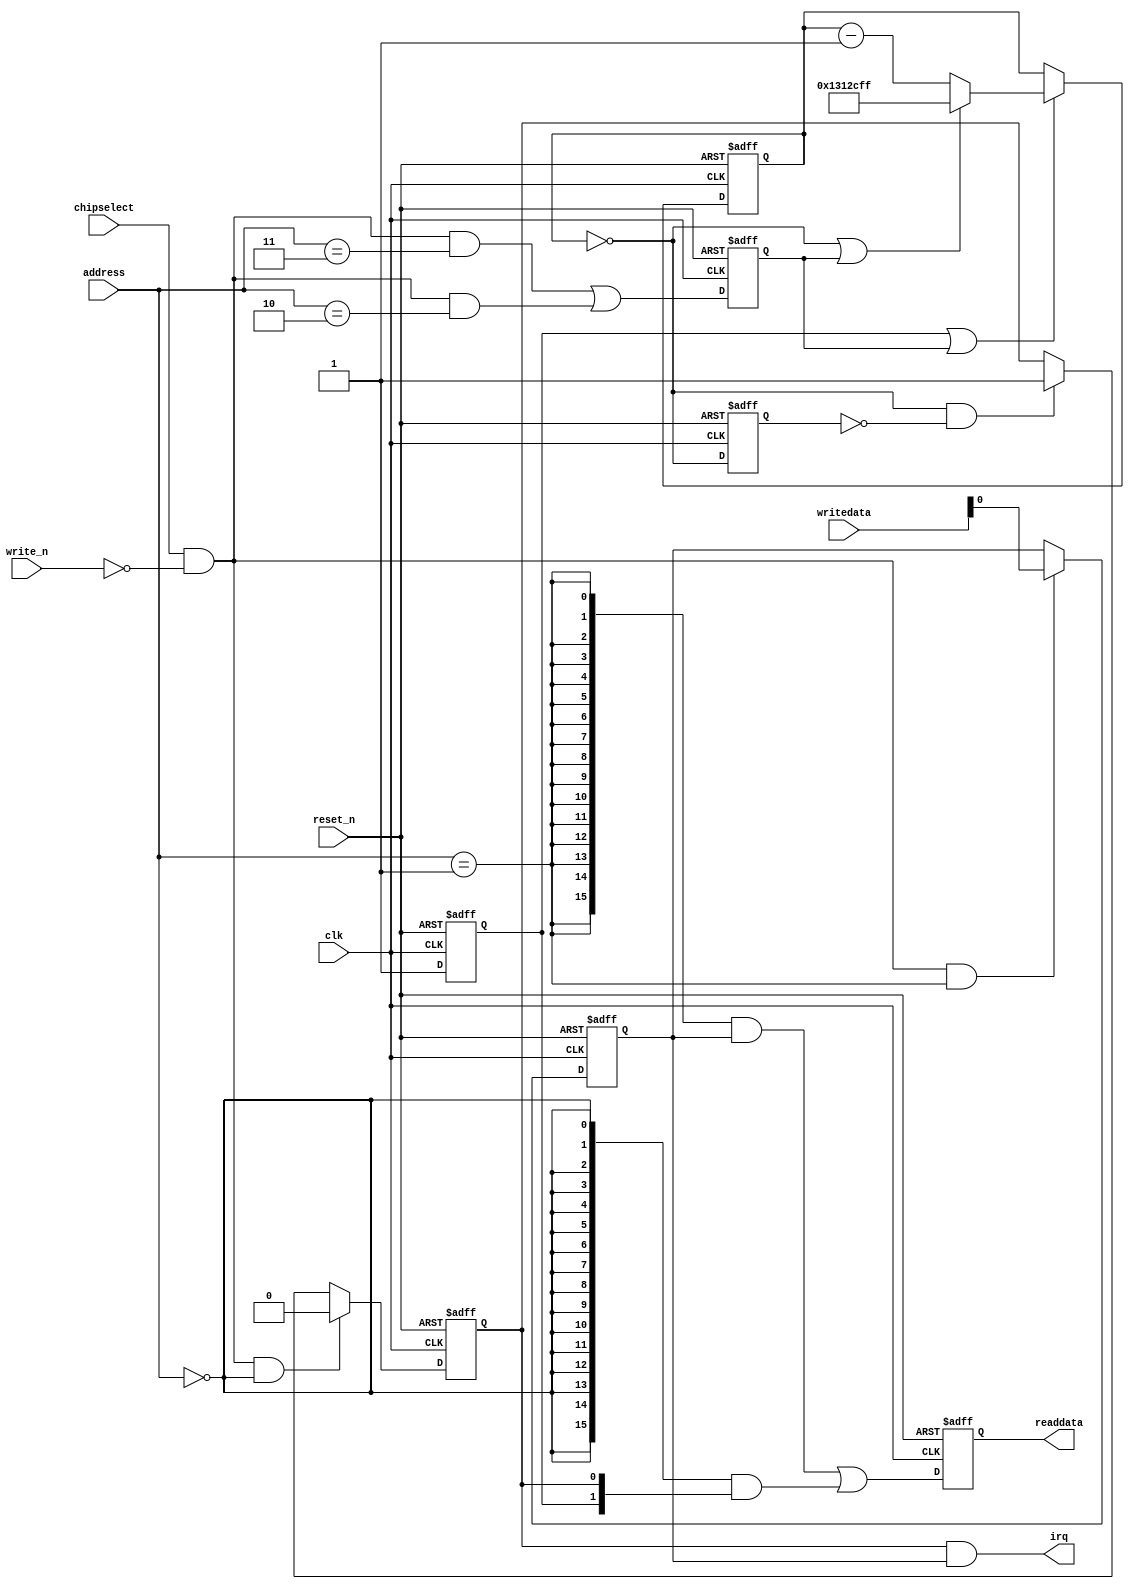
module nios_design_timer_0 (
                             // inputs:
                              address,
                              chipselect,
                              clk,
                              reset_n,
                              write_n,
                              writedata,

                             // outputs:
                              irq,
                              readdata
                           )
;

  output           irq;
  output  [ 15: 0] readdata;
  input   [  2: 0] address;
  input            chipselect;
  input            clk;
  input            reset_n;
  input            write_n;
  input   [ 15: 0] writedata;

  wire             clk_en;
  wire             control_interrupt_enable;
  reg              control_register;
  wire             control_wr_strobe;
  reg              counter_is_running;
  wire             counter_is_zero;
  wire    [ 24: 0] counter_load_value;
  reg              delayed_unxcounter_is_zeroxx0;
  wire             do_start_counter;
  wire             do_stop_counter;
  reg              force_reload;
  reg     [ 24: 0] internal_counter;
  wire             irq;
  wire             period_h_wr_strobe;
  wire             period_l_wr_strobe;
  wire    [ 15: 0] read_mux_out;
  reg     [ 15: 0] readdata;
  wire             status_wr_strobe;
  wire             timeout_event;
  reg              timeout_occurred;
  assign clk_en = 1;
  always @(posedge clk or negedge reset_n)
    begin
      if (reset_n == 0)
          internal_counter <= 25'h1312CFF;
      else if (counter_is_running || force_reload)
          if (counter_is_zero    || force_reload)
              internal_counter <= counter_load_value;
          else 
            internal_counter <= internal_counter - 1;
    end


  assign counter_is_zero = internal_counter == 0;
  assign counter_load_value = 25'h1312CFF;
  always @(posedge clk or negedge reset_n)
    begin
      if (reset_n == 0)
          force_reload <= 0;
      else if (clk_en)
          force_reload <= period_h_wr_strobe || period_l_wr_strobe;
    end


  assign do_start_counter = 1;
  assign do_stop_counter = 0;
  always @(posedge clk or negedge reset_n)
    begin
      if (reset_n == 0)
          counter_is_running <= 1'b0;
      else if (clk_en)
          if (do_start_counter)
              counter_is_running <= -1;
          else if (do_stop_counter)
              counter_is_running <= 0;
    end


  //delayed_unxcounter_is_zeroxx0, which is an e_register
  always @(posedge clk or negedge reset_n)
    begin
      if (reset_n == 0)
          delayed_unxcounter_is_zeroxx0 <= 0;
      else if (clk_en)
          delayed_unxcounter_is_zeroxx0 <= counter_is_zero;
    end


  assign timeout_event = (counter_is_zero) & ~(delayed_unxcounter_is_zeroxx0);
  always @(posedge clk or negedge reset_n)
    begin
      if (reset_n == 0)
          timeout_occurred <= 0;
      else if (clk_en)
          if (status_wr_strobe)
              timeout_occurred <= 0;
          else if (timeout_event)
              timeout_occurred <= -1;
    end


  assign irq = timeout_occurred && control_interrupt_enable;
  //s1, which is an e_avalon_slave
  assign read_mux_out = ({16 {(address == 1)}} & control_register) |
    ({16 {(address == 0)}} & {counter_is_running,
    timeout_occurred});

  always @(posedge clk or negedge reset_n)
    begin
      if (reset_n == 0)
          readdata <= 0;
      else if (clk_en)
          readdata <= read_mux_out;
    end


  assign period_l_wr_strobe = chipselect && ~write_n && (address == 2);
  assign period_h_wr_strobe = chipselect && ~write_n && (address == 3);
  assign control_wr_strobe = chipselect && ~write_n && (address == 1);
  always @(posedge clk or negedge reset_n)
    begin
      if (reset_n == 0)
          control_register <= 0;
      else if (control_wr_strobe)
          control_register <= writedata[0];
    end


  assign control_interrupt_enable = control_register;
  assign status_wr_strobe = chipselect && ~write_n && (address == 0);

endmodule